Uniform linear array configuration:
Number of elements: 32
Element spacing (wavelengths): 0.25
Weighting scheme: kaiser
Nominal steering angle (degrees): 0
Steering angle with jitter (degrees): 0.1495
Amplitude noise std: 0.05
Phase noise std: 0.05

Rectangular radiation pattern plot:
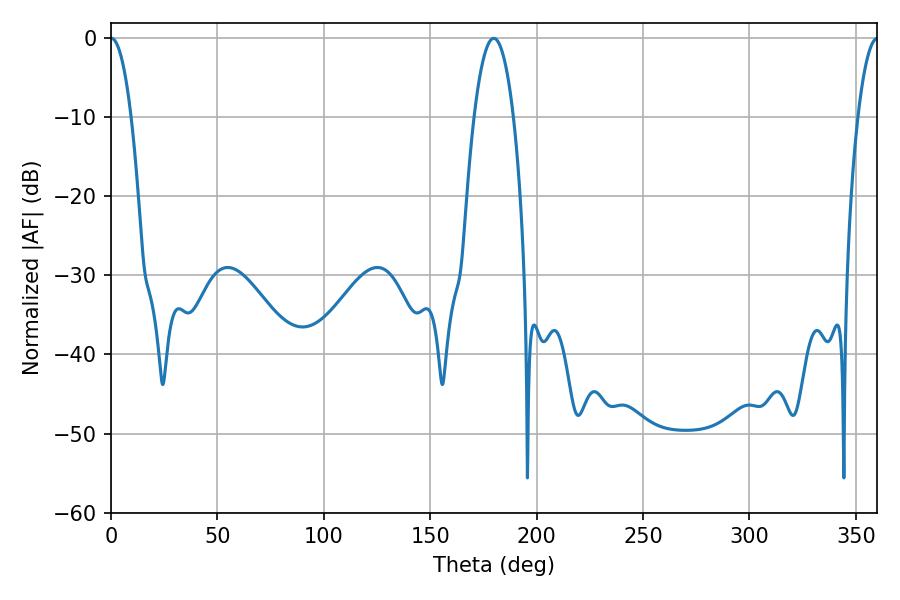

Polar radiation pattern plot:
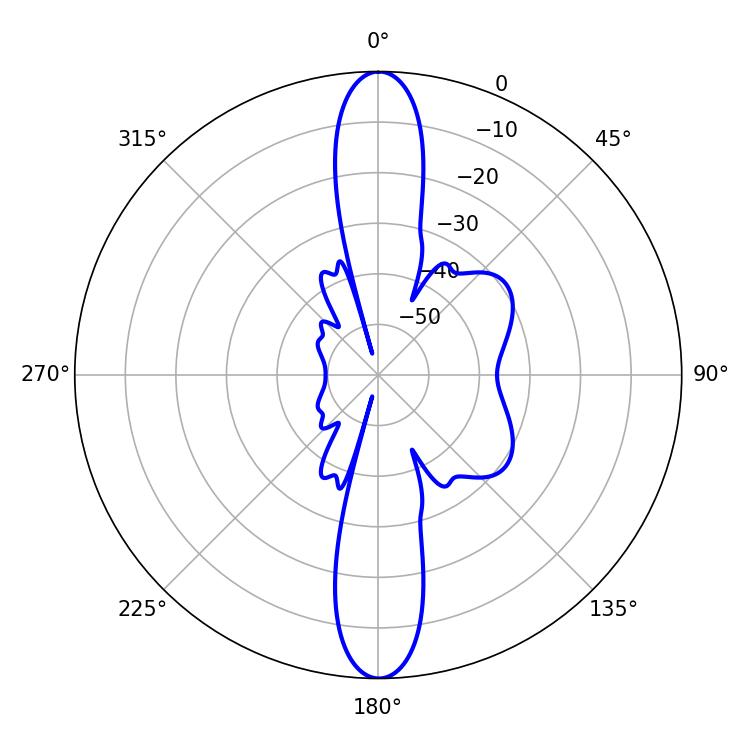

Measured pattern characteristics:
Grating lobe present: FALSE
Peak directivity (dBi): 29.454
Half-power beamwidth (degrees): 5.22
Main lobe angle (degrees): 0.18